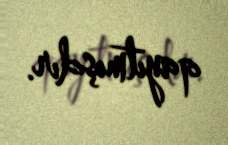
qayıtmışdır.